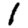
Digit: 1